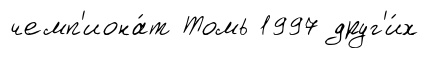
чемп'иона́т Томь 1997 друг'и́х